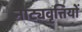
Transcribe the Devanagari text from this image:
नाट्यवृत्तियों